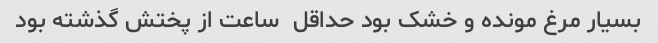
بسیار مرغ مونده و خشک بود حداقل  ساعت از پختش گذشته بود